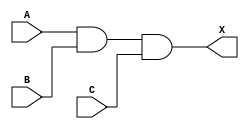
module EXP_GATE_2(input A,input B,input C,output X); // This is IC 7462
assign X = A & B & C;
endmodule